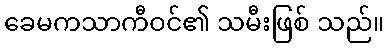
ခေမကသာကီဝင်၏ သမီးဖြစ် သည်။